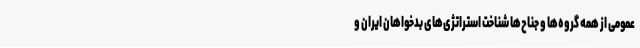
عمومی از همه گروه‌ها و جناح‌ها شناخت استراتژی‌های بدخواهان ایران و